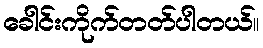
ခေါင်းကိုက်တတ်ပါတယ်။